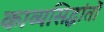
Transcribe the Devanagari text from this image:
काव्यसिद्धांतों